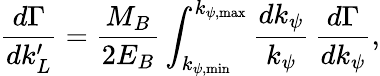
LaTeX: \frac{d\Gamma}{dk_{L}^{\prime}}=\frac{M_{B}}{2E_{B}}\int_{k_{\psi,\mathrm{min}}}^{k_{\psi,\mathrm{max}}}\frac{dk_{\psi}}{k_{\psi}}\, \frac{d\Gamma}{dk_{\psi}},